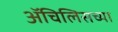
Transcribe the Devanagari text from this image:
ॲचिलिसच्या